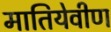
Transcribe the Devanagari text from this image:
मातियेवीण